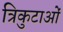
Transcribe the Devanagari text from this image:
त्रिकुटाओं